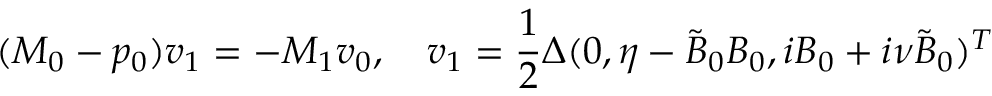
( M _ { 0 } - p _ { 0 } ) \boldsymbol { v } _ { 1 } = - M _ { 1 } \boldsymbol { v } _ { 0 } , \quad \boldsymbol { v } _ { 1 } = \frac { 1 } { 2 } \Delta ( 0 , \eta - \tilde { B } _ { 0 } B _ { 0 } , i B _ { 0 } + i \nu \tilde { B } _ { 0 } ) ^ { T }